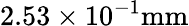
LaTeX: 2.53\times 10^{-1}\mathrm{mm}